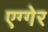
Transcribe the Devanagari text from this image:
एग्गेर